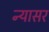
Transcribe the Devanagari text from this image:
न्यासर